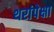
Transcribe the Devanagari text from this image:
थरांपेक्षा